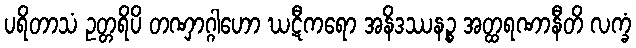
ပရိတာသံ ဥတ္တရိပိ တဏှာဂ္ဂါဟော ဃဋီကရော အနိဒဿနဉ္စ အတ္ထရဏာနီတိ လက္ခံ